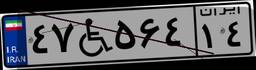
۴۷W۵۶۴۱۴